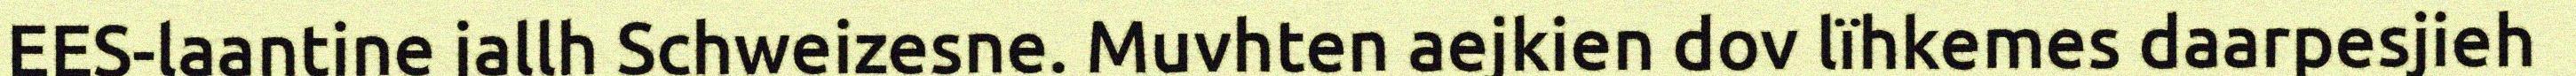
EES-laantine jallh Schweizesne. Muvhten aejkien dov lïhkemes daarpesjieh